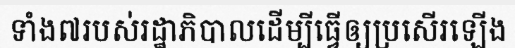
ទាំង៧របស់រដ្ឋាភិបាលដើម្បីធ្វើឲ្យប្រសើរឡើង